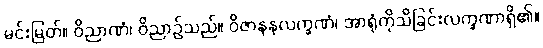
မင်းမြတ်။ ဝိညာဏံ၊ ဝိညာဉ်သည်။ ဝိဇာနနလက္ခဏံ၊ အာရုံကိုသိခြင်းလက္ခဏာရှိ၏။